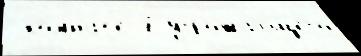
 ко́мнат'е 7 угрожа́ющего